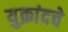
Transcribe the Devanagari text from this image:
युक्रांदचे